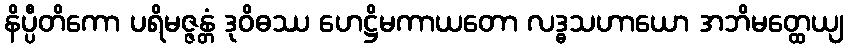
နိပ္ပီတိကော ပရိမဇ္ဇန္တံ ဒုဝိဓဿ ဟေဋ္ဌိမကာယတော လဒ္ဓသဟာယော အဘိမတ္ထေယျ